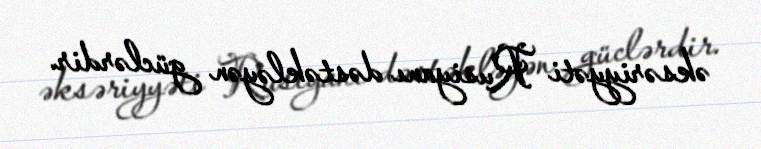
əksəriyyəti Rusiyanı dəstəkləyən güclərdir.